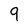
Character: 9